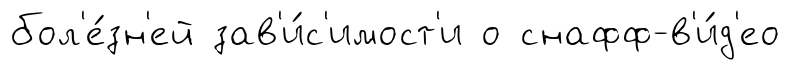
бол'е́зн'ей зав'и́с'имост'и о снафф-в'и́д'ео